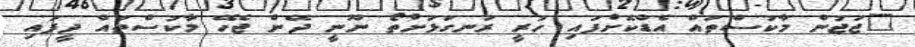
"ޖަޖުން މާކުސްތައް އެޑްކޮށްފައި ހުރީ ރަނގަޅަށްތޯ ނޫނީ ދޭން ޖެހޭ މާކުސްތައް ދީފައި